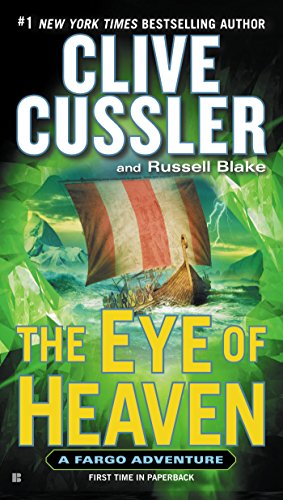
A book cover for The Eye of Heaven (A Sam and Remi Fargo Adventure); Clive Cussler; Literature & Fiction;